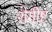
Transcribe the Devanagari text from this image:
रोगीष्ट